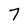
Character: 7